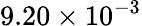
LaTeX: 9.20\times 10^{-3}